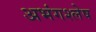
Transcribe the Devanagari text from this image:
अभंगश्लेष